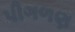
પીગળણ